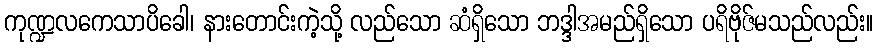
ကုဏ္ဍလကေသာပိခေါ၊ နားတောင်းကဲ့သို့ လည်သော ဆံရှိသော ဘဒ္ဒါအမည်ရှိသော ပရိဗိုဇ်မသည်လည်း။